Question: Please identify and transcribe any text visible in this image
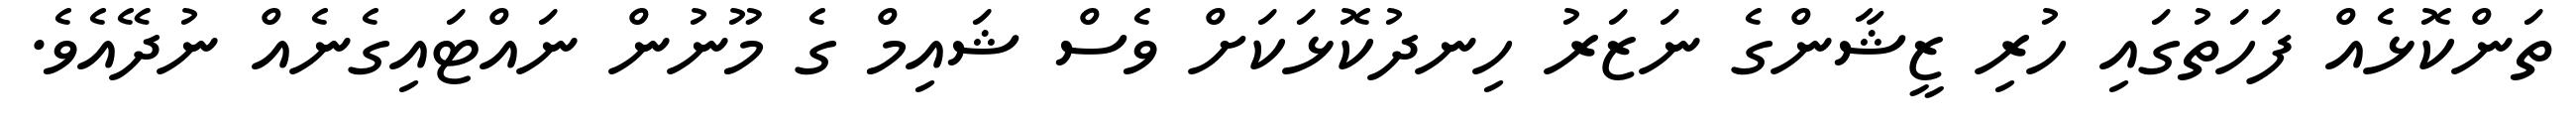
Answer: ތަންކޮޅެއް ފަހަތުގައި ހުރި ޒީޝާންގެ ނަޒަރު ހިނދުކޮޅަކަށް ވެސް ޝައިމް ގެ މޫނުން ނައްޓައިގެނެއް ނުދޭއެވެ.